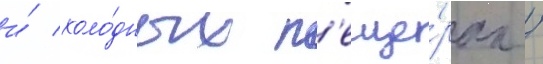
и́ холо́дных п'еще́рах /